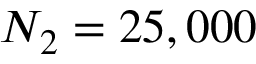
N _ { 2 } = 2 5 , 0 0 0